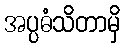
အပ္ပဓံသိတာမှိ